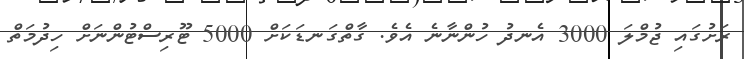
ރަށުގައި ޖުމްލަ 3000 އެނދު ހުންނާނެ އެވެ. ގާތްގަނޑަކަށް 5000 ޓޫރިސްޓުންނަށް ހިދުމަތް